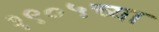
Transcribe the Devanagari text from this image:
१९०५च्या